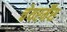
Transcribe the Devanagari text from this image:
चेयरर्मैंस